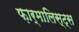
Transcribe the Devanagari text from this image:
फ़ार्मालिस्ट्स